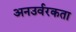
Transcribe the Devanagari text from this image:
अनउर्वरकता